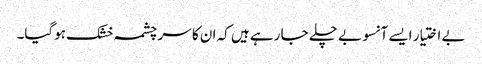
بے اختیار ایسے آنسو بے چلے جا رہے ہیں کہ ان کا سر چشمہ خشک ہوگیا۔